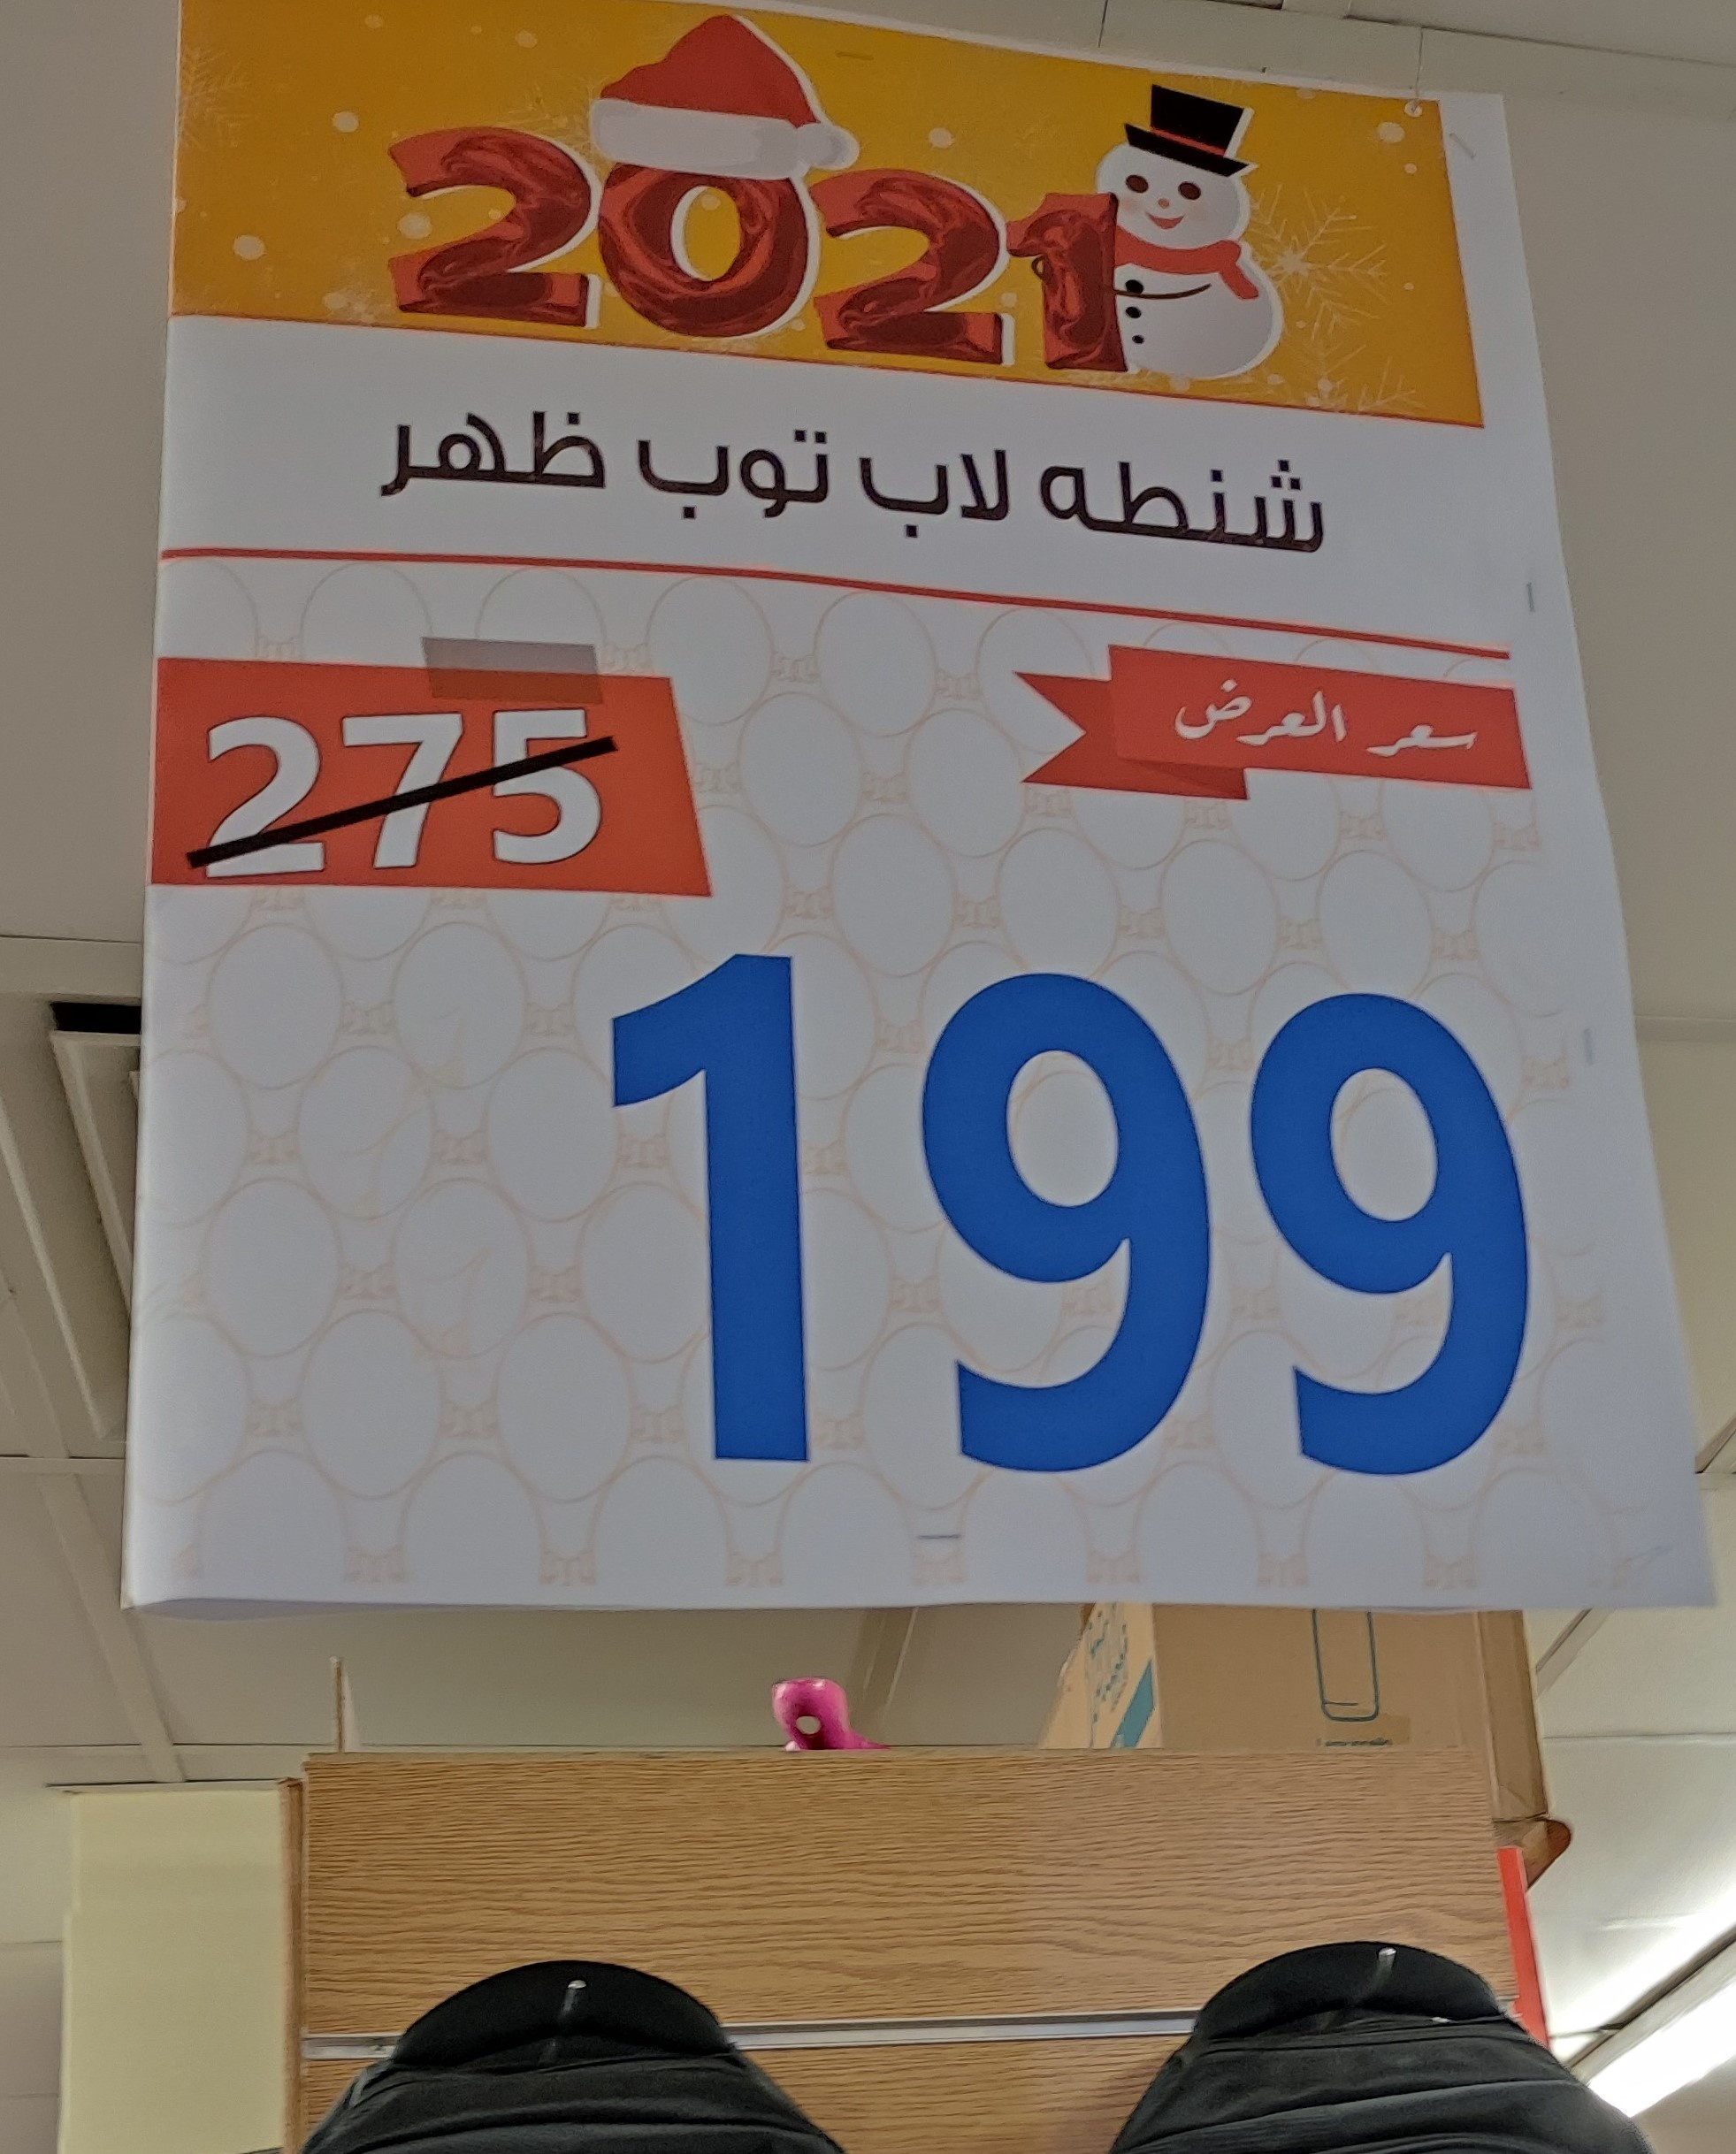
Text in image: ظهر توب لاب شنطه العرض سعر 2021 275 199